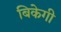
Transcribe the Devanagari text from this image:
बिकेगी